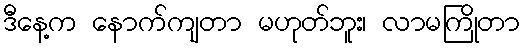
ဒီနေ့က နောက်ကျတာ မဟုတ်ဘူး၊ လာမကြိုတာ